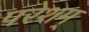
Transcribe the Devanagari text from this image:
परेशम्